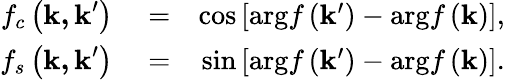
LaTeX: \begin{array}{rlr}{f_{c}\left(\mathbf{k,k}^{\prime}\right)}&{{}=}&{\cos\left[\mathrm{arg}f\left(\mathbf{k}^{\prime}\right)-\mathrm{arg}f\left(\mathbf{k}\right)\right],}\\ {f_{s}\left(\mathbf{k,k}^{\prime}\right)}&{{}=}&{\sin\left[\mathrm{arg}f\left(\mathbf{k}^{\prime}\right)-\mathrm{arg}f\left(\mathbf{k}\right)\right].}\end{array}